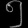
Digit: ၅